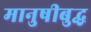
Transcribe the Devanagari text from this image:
मानुषीबुद्ध